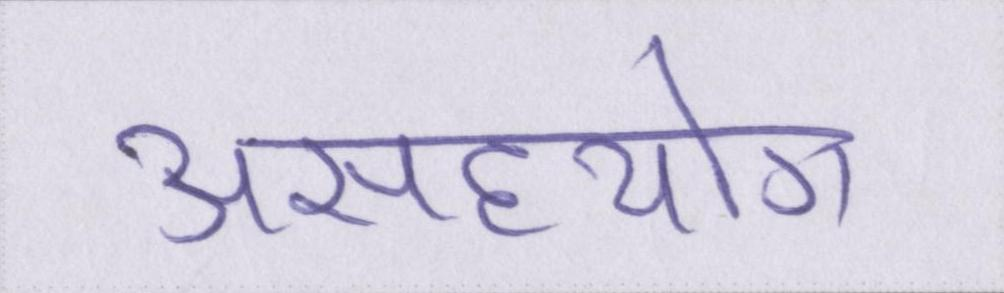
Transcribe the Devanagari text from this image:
असहयोग